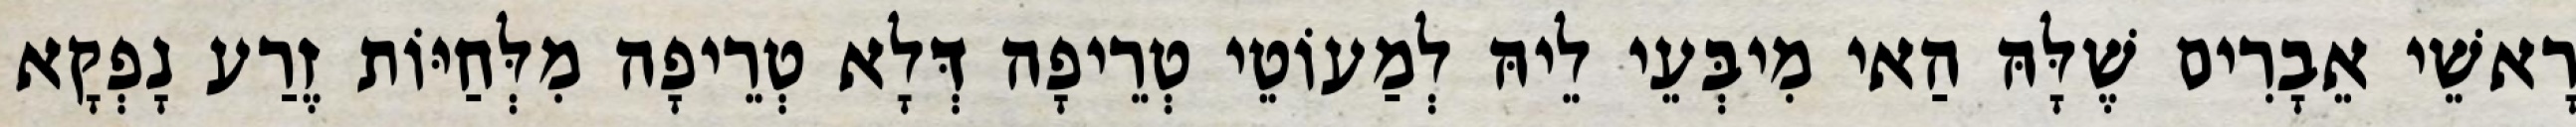
רָאשֵׁי אֵבָרִים שֶׁלָּהּ הַאי מִיבְּעֵי לֵיהּ לְמַעוֹטֵי טְרֵיפָה דְּלָא טְרֵיפָה מִלְּחַיּוֹת זֶרַע נָפְקָא